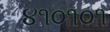
૪૧૦૧૦૧